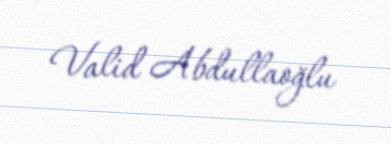
Valid Abdullaoğlu